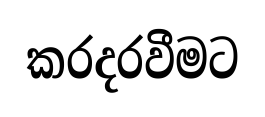
කරදරවීමට